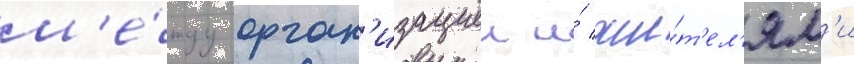
м'е́жду орган'изациеи и́ жи́т'ел'ям'и